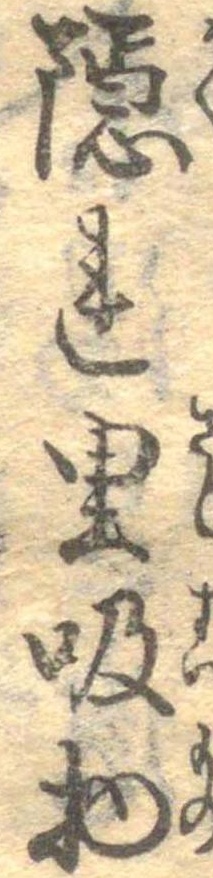
隠れ里吸物